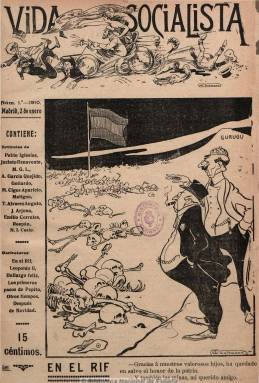
Título: Vida socialista
Otros títulos: Fabio
Colección: Socialismo
Ámbito geográfico: Madrid
Lugar de publicación: Madrid
Fechas: 02/01/1910-29/12/1912

Revista semanal ilustrada (aparecía los domingos) publicada entre 1910 y 1914, y fundada por los periodistas y militantes socialistas Tomás Álvarez Angulo (encuadernador) y Juan Almela Meliá (hijastro de Pablo Iglesias), que se turnaron en su dirección. Es considerada la primera publicación española que aúna el movimiento obrero con el mundo intelectual y radical afín a las juventudes socialistas. En ella se dan cita intelectuales y escritores afamados tanto españoles como extranjeros. Entre los primeros cabe citar a Pío Baroja, Leopoldo Alas, Concepción Arenal, Benito Pérez Galdós, Julián Besteiro, José Ortega y Gasset o Jacinto Benavente.

Aunque no fue órgano oficial del Partido Socialista, iniciaba cada número con un artículo de Pablo Iglesias, bajo el epígrafe “Vida Política”. Le seguía una crónica del mismo carácter, firmada por Matías Gómez Latorre, Desiderio Tavera o el propio Álvarez Angulo. Contaba también con una sección fija dedicada al feminismo, en la que escribían Amparo Martí, Caridad Alcón y M. Ciges Aparicio, y otra titulada “Escobazos”, una serie de notas críticas escritas por Almela Meliá. Asimismo insertó abundantes dibujos humorísticos, dedicándole toda su portada a una caricatura o viñeta, aunque en esta también insertó grandes fotografías de personajes, entre los que destacan miembros de la Internacional Socialista. Emilio Corrales también mantuvo en sus páginas unas notas de actualidad internacional. Asimismo, dio cabida a la creación literaria, tanto en prosa como en verso. En sus páginas aparecen también las firmas de A. García Quejido,  Jaime Vera, Joaquín Dicenta, Pedro de Répide o Manuel Ugarte.

Fueron editados 210 números, de 16 páginas cada uno. Los últimos tres se publicaron bajo la cabecera de Fabio y con el subtítulo “suplemento de Vida socialista”, cuando pasó a ser propiedad y ser dirigida por el también socialista Rafal Urbano. Existen ediciones facsímiles publicadas en 1996 y 2003, con una introducción histórica de Enrique Moral Sandoval, e índices generales de Aurelio Martín Nájera.